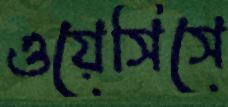
ওয়েসিসে